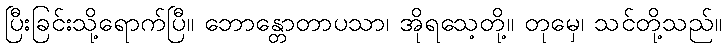
ပြီးခြင်းသို့ရောက်ပြီ။ ဘောန္တောတာပသာ၊ အိုရသေ့တို့။ တုမှေ၊ သင်တို့သည်။